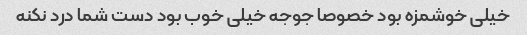
خیلی خوشمزه بود خصوصا جوجه خیلی خوب بود دست شما درد نکنه